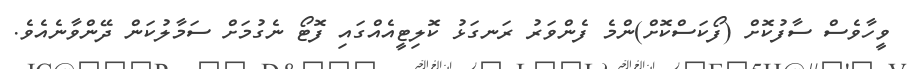
ވީހާވެސް ސާފުކޮށް (ފޯކަސްކޮށް)ންމެ ފެންވަރު ރަނގަޅު ކޮލިޓީއެއްގައި ފޮޓޯ ނެގުމަށް ސަމާލުކަން ދޭންވާނެއެވެ.